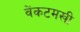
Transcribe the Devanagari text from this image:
वेंकटमखी